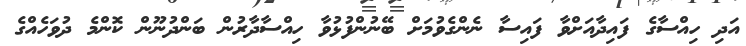
އަދި ހިއްސާގެ ފައިދާއަށްވާ ފައިސާ ނެންގެވުމަށް ބޭނުންފުޅުވާ ހިއްސާދާރުން ބަންދުނޫން ކޮންމެ ދުވަހެއްގެ